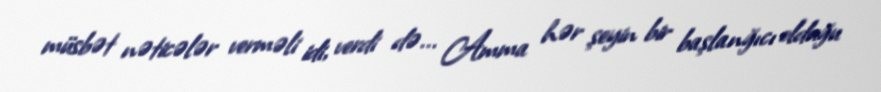
müsbət nəticələr verməli idi, verdi də... Amma hər şeyin bir başlanğıcı olduğu